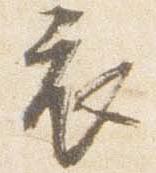
衣